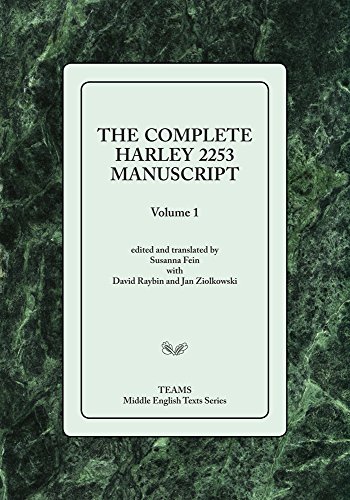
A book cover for Complete Harley 2253 Manuscript, Volume 1 (Middle English Texts); Susanna Fein; Literature & Fiction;